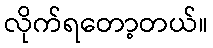
လိုက်ရတော့တယ်။